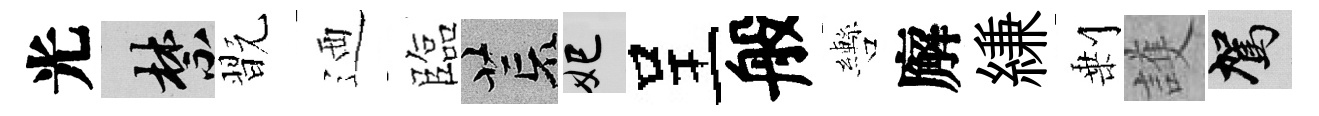
光禁翫迺臨荒妃呈般轡廨縑剰護駕